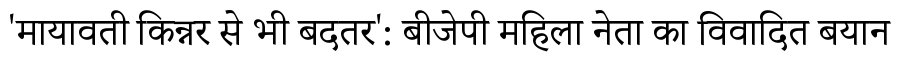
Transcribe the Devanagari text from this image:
'मायावती किन्नर से भी बदतर': बीजेपी महिला नेता का विवादित बयान